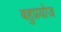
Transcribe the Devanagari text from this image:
बहुप्रयोज